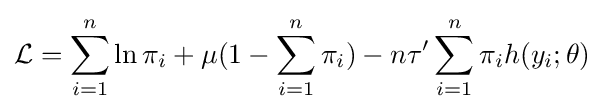
{\mathcal {L}}=\sum _{i=1}^{n}\ln \pi _{i}+\mu (1-\sum _{i=1}^{n}\pi _{i})-n\tau '\sum _{i=1}^{n}\pi _{i}h(y_{i};\theta )